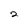
Character: 2